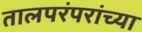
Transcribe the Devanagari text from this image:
तालपरंपरांच्या